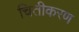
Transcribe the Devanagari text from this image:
चितीकरण